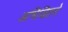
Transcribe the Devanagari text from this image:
अभिजितने